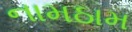
નામઠામ